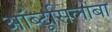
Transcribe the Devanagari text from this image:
ऑब्टूसिलोबा